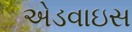
એડવાઇસ